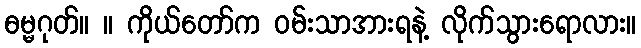
ဓမ္မဂုတ်။ ။ ကိုယ်တော်က ဝမ်းသာအားရနဲ့ လိုက်သွားရောလား။